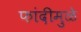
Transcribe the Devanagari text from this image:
फांदीमुळे